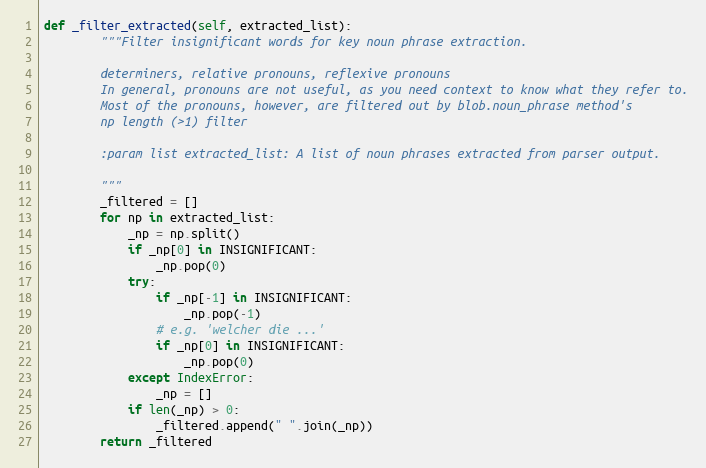
Language: Python
def _filter_extracted(self, extracted_list):
        """Filter insignificant words for key noun phrase extraction.

        determiners, relative pronouns, reflexive pronouns
        In general, pronouns are not useful, as you need context to know what they refer to.
        Most of the pronouns, however, are filtered out by blob.noun_phrase method's
        np length (>1) filter

        :param list extracted_list: A list of noun phrases extracted from parser output.

        """
        _filtered = []
        for np in extracted_list:
            _np = np.split()
            if _np[0] in INSIGNIFICANT:
                _np.pop(0)
            try:
                if _np[-1] in INSIGNIFICANT:
                    _np.pop(-1)
                # e.g. 'welcher die ...'
                if _np[0] in INSIGNIFICANT:
                    _np.pop(0)
            except IndexError:
                _np = []
            if len(_np) > 0:
                _filtered.append(" ".join(_np))
        return _filtered